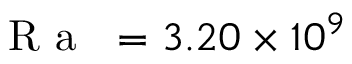
\mathrm { ~ \textit ~ { ~ R ~ a ~ } ~ } = 3 . 2 0 \times 1 0 ^ { 9 }